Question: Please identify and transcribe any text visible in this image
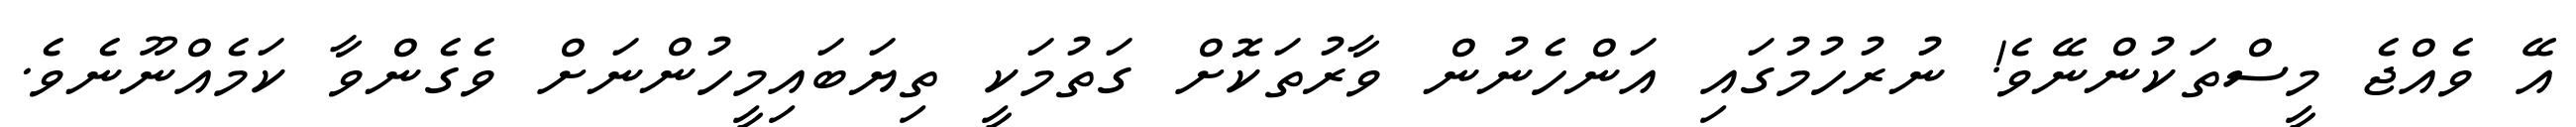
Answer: އޭ ވެއްޖެ މީސްތަކުންނޭވެ! ނުރުހުމުގައި އަންހެނުން ވާރުތަކޮށް ގަތުމަކީ ތިޔަބައިމީހުންނަށް ވެގެންވާ ކަމެއްނޫނެވެ.